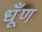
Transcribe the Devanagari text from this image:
धूँण